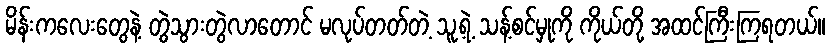
မိန်းကလေးတွေနဲ့ တွဲသွားတွဲလာတောင် မလုပ်တတ်တဲ့ သူ့ရဲ့ သန့်စင်မှုကို ကိုယ်တို့ အထင်ကြီးကြရတယ်။